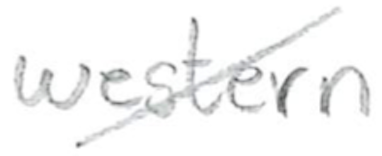
Text: western
Cross-out: diagonal
Writing tool: pencil